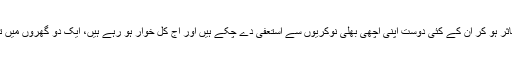
آنجناب کی اِس گفتگو سے متاثر ہو کر اُن کے کئی دوست اپنی اچھی بھلی نوکریوں سے استعفیٰ دے چکے ہیں اور آج کل خوار ہو رہے ہیں، ایک دو گھروں میں تو نوبت طلاق تک آ گئی ہے۔